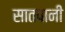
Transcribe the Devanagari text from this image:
सातपानी